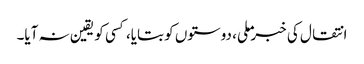
انتقال کی خبر ملی، دوستوں کو بتایا، کسی کو یقین نہ آیا۔